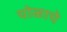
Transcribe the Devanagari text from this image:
चोळाचे